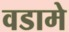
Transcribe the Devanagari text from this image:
वडामे